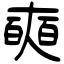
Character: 奭